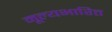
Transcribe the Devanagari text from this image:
मूल्यभारित